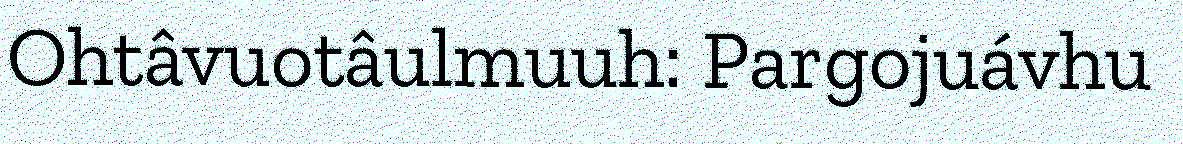
Ohtâvuotâulmuuh: Pargojuávhu